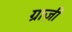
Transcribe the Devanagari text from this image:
ग्राज़ी